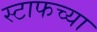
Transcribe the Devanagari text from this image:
स्टाफच्या